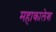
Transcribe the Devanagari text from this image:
महाकालेश